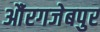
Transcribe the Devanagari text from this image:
औंरगजेबपुर